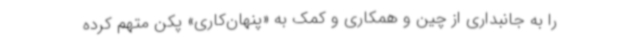
را به جانبداری از چین و همکاری و کمک به «پنهان‌کاری» پکن متهم کرده